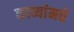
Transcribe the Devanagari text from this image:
काव्यांमधे